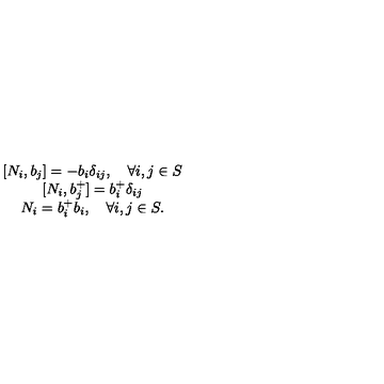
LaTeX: \begin{array} { c } { [ N _ { i } , b _ { j } ] = - b _ { i } \delta _ { i j } , \quad \forall i , j \in S } \\ { [ N _ { i } , b _ { j } ^ { + } ] = b _ { i } ^ { + } \delta _ { i j } } \\ { N _ { i } = b _ { i } ^ { + } b _ { i } , \quad \forall i , j \in S . } \\ \end{array}